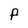
Character: F